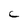
Character: C